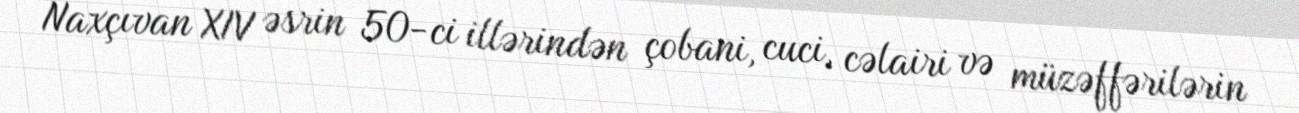
Naxçıvan XIV əsrin 50-ci illərindən çobani, cuci, cəlairi və müzəffərilərin